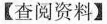
【查阅资料】